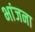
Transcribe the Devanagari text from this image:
भांजना